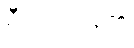
ရှီကျင့်ဖိန်၏